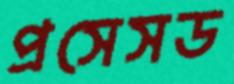
প্রসেসড